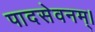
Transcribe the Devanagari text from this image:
पादसेवनम्।